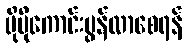
ပိုမိုကောင်းမွန်လာစေရန်